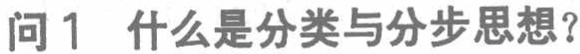
问1 什么是分类与分步思想？